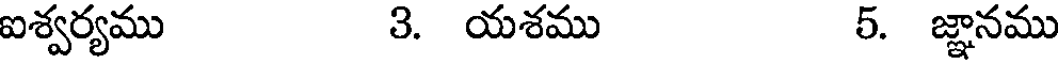
ఐశ్వర్యము 3. యశము 5. జ్ఞానము